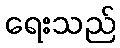
ရေးသည်